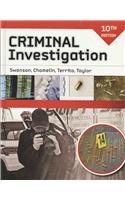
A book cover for Criminal Investigation; Charles Swanson; Children's Books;